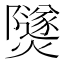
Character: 𤑾